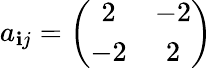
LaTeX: a_{\mathbf{i}j}=\left(\begin{array}{cc}{{2}}&{{-2}}\\ {{-2}}&{{2}}\end{array}\right)